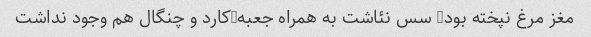
مغز مرغ نپخته بود/ سس نئاشت به همراه جعبه/کارد و چنگال هم وجود نداشت